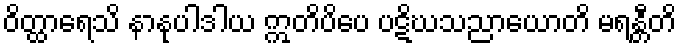
ဝိတ္ထာရေသိ နာနုပါဒါယ ဣတိပိပေ ပဋိဃသညာယောတိ မရန္တီတိ